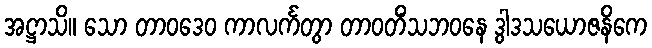
အဋ္ဌာသိ။ သော တာဝဒေဝ ကာလင်္ကတွာ တာဝတိံသဘဝနေ ဒွါဒသယောဇနိကေ